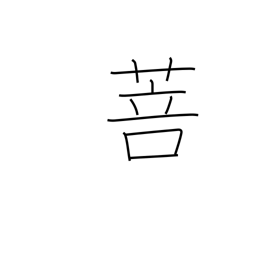
Meaning: kind of grass